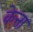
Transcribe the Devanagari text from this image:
केत्ता